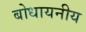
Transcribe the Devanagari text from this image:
बोधायनीय